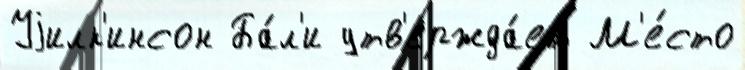
Уjилк'инсон Ба́л'и утв'ержда́ет М'е́сто